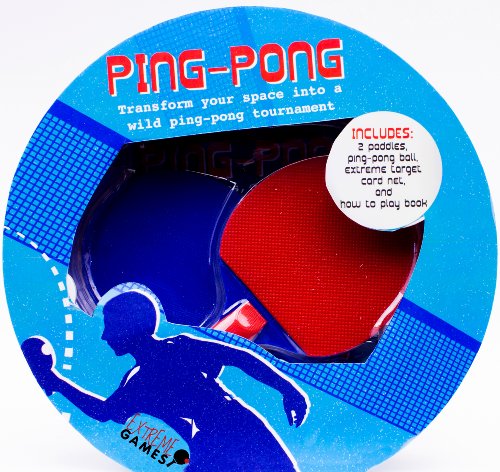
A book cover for Ping Pong (Box); Parragon Books; Sports & Outdoors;